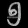
Digit: ၅